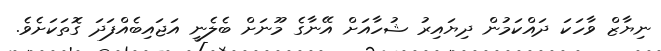
ނިޔާޒް ވާހަކަ ދައްކަމުން ދިޔައިރު ޝުހާއަށް އޭނާގެ މޫނަށް ބެލެނީ އަޖައިބެއްފަދަ ގޮތަކަށެވެ.